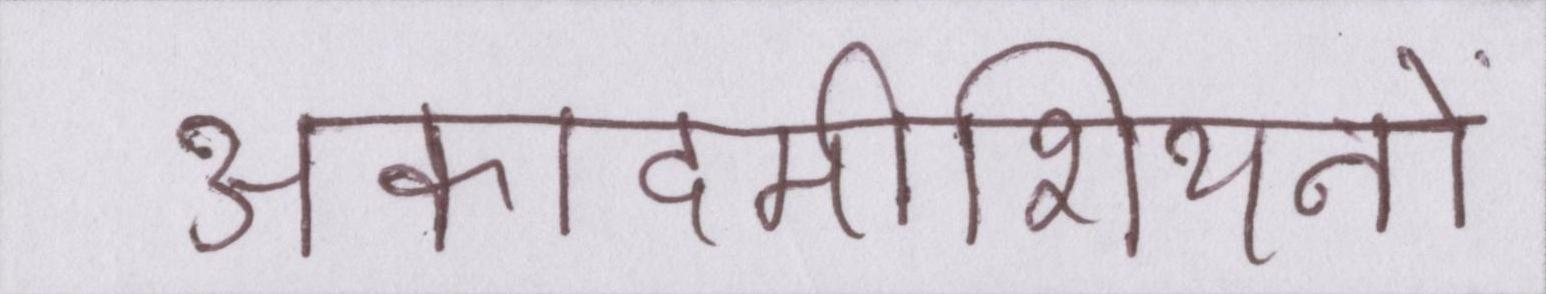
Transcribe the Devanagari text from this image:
अकादमीशियनों